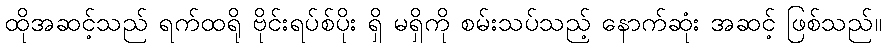
ထိုအဆင့်သည် ရက်ထရို ဗိုင်းရပ်စ်ပိုး ရှိ မရှိကို စမ်းသပ်သည့် နောက်ဆုံး အဆင့် ဖြစ်သည်။